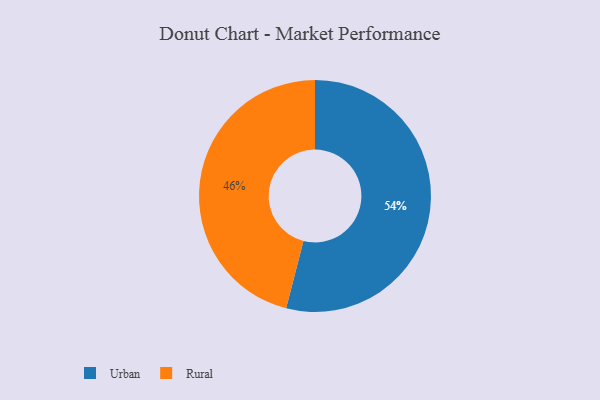
{"axis": {"x": "Category", "y": "Percentage"}, "legend": ["Rural", "Urban"], "data": [{"x": "Urban", "y": 54, "type": "Urban"}, {"x": "Rural", "y": 46, "type": "Rural"}]}